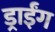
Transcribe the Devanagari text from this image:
ड्राईंग